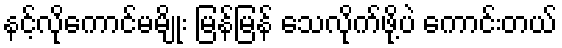
နင့်လိုကောင်မမျိုး မြန်မြန် သေလိုက်ဖို့ပဲ ကောင်းတယ်